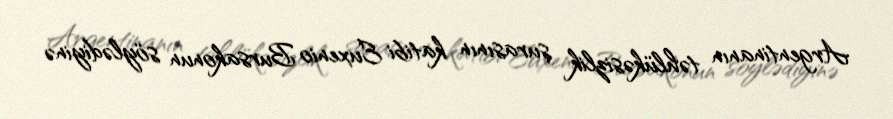
Argentinanın təhlükəsizlik şurasının katibi Euxenio Bursakonun söylədiyinə